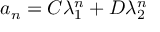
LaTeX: a _ { n } = C \lambda _ { 1 } ^ { n } + D \lambda _ { 2 } ^ { n }